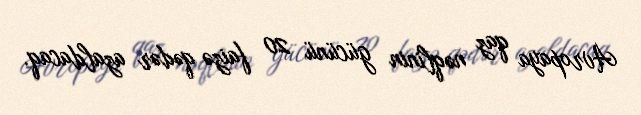
Avropaya qaz nəqlinin gücünü 20 faizə qədər azaldacaq.